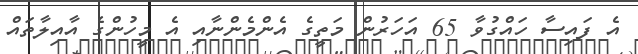
އެ ފައިސާ ހައްގުވާ 65 އަހަރުން މަތީގެ އެންމެންނާއި އެ މީހުންގެ އާއިލާތައް